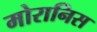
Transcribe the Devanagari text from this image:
मोरानिस